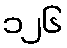
၁၂၆